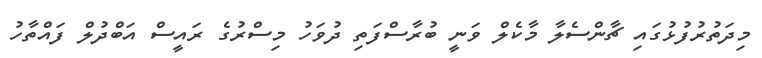
މިދަތުރުފުޅުގައި ޗާންސެލާ މާކެލް ވަނީ ބުރާސްފަތި ދުވަހު މިސްރުގެ ރައީސް އަބްދުލް ފައްތާހު